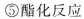
⑤酯化反应